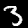
Digit: 3